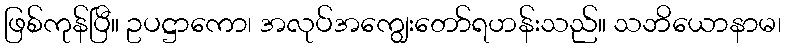
ဖြစ်ကုန်ပြီ။ ဥပဋ္ဌာကော၊ အလုပ်အကျွေးတော်ရဟန်းသည်။ သဘိယောနာမ၊